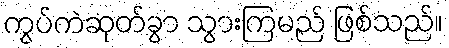
ကွပ်ကဲဆုတ်ခွာ သွားကြမည် ဖြစ်သည်။